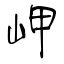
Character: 岬